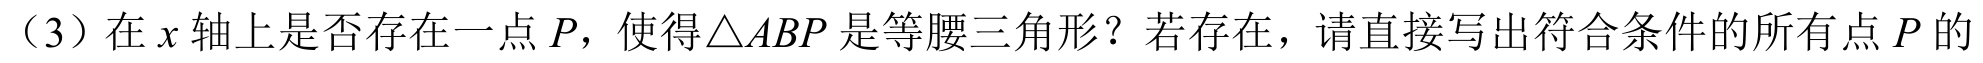
（3）在\(x\)轴上是否存在一点\(P\)，使得\(\triangle ABP\)是等腰三角形？若存在，请直接写出符合条件的所有点\(P\)的